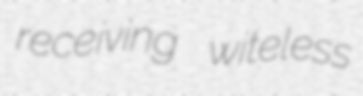
receiving witeless